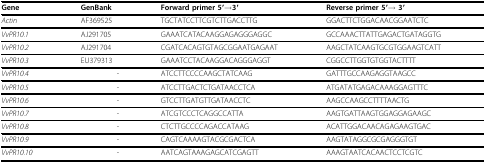
<table><thead><tr><td><b>Gene</b></td><td><b>GenBank</b></td><td><b>Forward primer 5&#x27;→3&#x27;</b></td><td><b>Reverse primer 5&#x27;→ 3&#x27;</b></td></tr></thead><tbody><tr><td><i>Actin</i></td><td>AF369525</td><td>TGCTATCCTTCGTCTTGACCTTG</td><td>GGACTTCTGGACAACGGAATCTC</td></tr><tr><td><i>VvPR10.1</i></td><td>AJ291705</td><td>GAAATCATACAAGGAGAGGGAGGC</td><td>GCCAAACTTATTGAGACTGATAGGTG</td></tr><tr><td><i>VvPR10.2</i></td><td>AJ291704</td><td>CGATCACAGTGTAGCGGAATGAGAAT</td><td>AAGCTATCAAGTGCGTGGAAGTCATT</td></tr><tr><td><i>VvPR10.3</i></td><td>EU379313</td><td>GAAATCCTACAAGGACAGGGAGGT</td><td>CGGCCTTGGTGTGGTACTTTT</td></tr><tr><td><i>VvPR10.4</i></td><td>-</td><td>ATCCTTCCCCAAGCTATCAAG</td><td>GATTTGCCAAGAGGTAAGCC</td></tr><tr><td><i>VvPR10.5</i></td><td>-</td><td>ATCCTTGACTCTGATAACCTCA</td><td>ATGATATGAGACAAAGGAGTTTC</td></tr><tr><td><i>VvPR10.6</i></td><td>-</td><td>GTCCTTGATGTTGATAACCTC</td><td>AAGCCAAGCCTTTTAACTG</td></tr><tr><td><i>VvPR10.7</i></td><td>-</td><td>ATCGTCCCTCAGGCCATTA</td><td>AAGTGATTAAGTGGAGGAGAAGC</td></tr><tr><td><i>VvPR10.8</i></td><td>-</td><td>CTCTTGCCCCAGACCATAAG</td><td>ACATTGGACAACAGAGAAGTGAC</td></tr><tr><td><i>VvPR10.9</i></td><td>-</td><td>CAGTCAAAAGTACGCGACTCA</td><td>AAGTATAGGCGCGAGGGTGT</td></tr><tr><td><i>VvPR10.10</i></td><td>-</td><td>AATCAGTAAAGAGCATCGAGTT</td><td>AAAGTAATCACAACTCCTCGTC</td></tr></tbody></table>